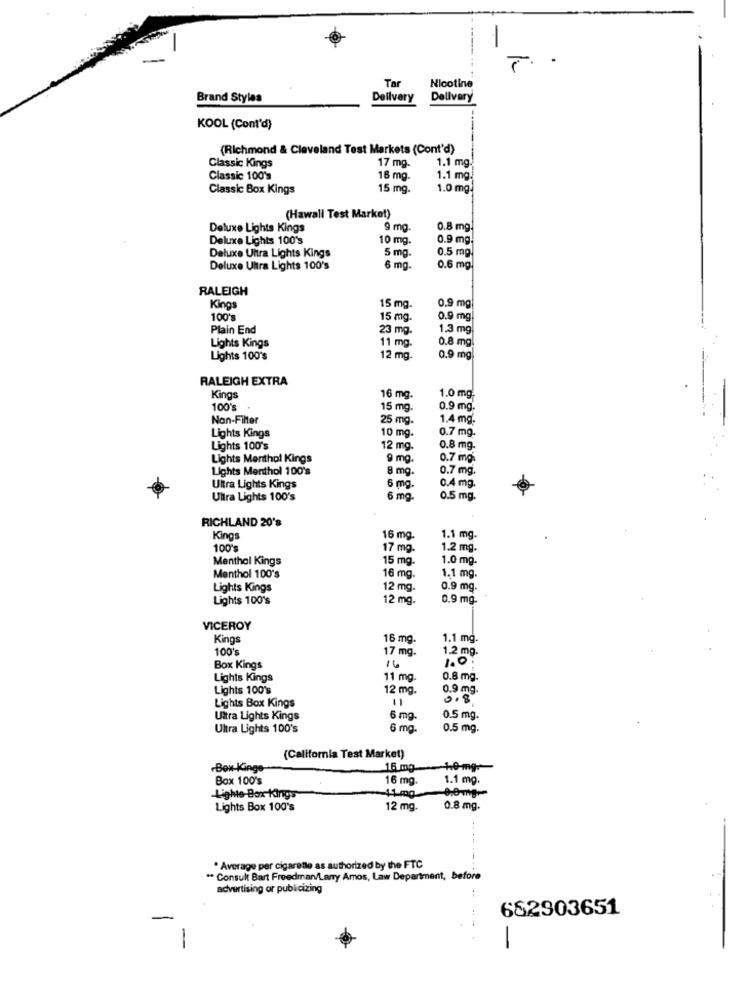
-
Tar
Nicotine
Brand Styles
Dellvery
Dellvary
KOOL (Cont'd)
(Richmond & Cleveland Test Markets (Cont'd)
17 mg.
Classic Kings
1.1 mg
Classic 100's
16 mg-
1.1 mg.
Classic Box Kings
15 mg.
1.0 mg
(Hawall Test Market)
Deluxe Lights Kings
9 mg.
0.8 mg.
Deluxe Lights 100's
10 mg.
0.9 mg.
Deluxe Ultra Lights Kings
5 mg.
0.5 mg
Deluxe Ultra Lights 100's
6 mg.
0.6 mg.
RALEIGH
0.9 mg
Kings
15 mg.
100's
15 mg.
0.9 mg
Plain End
23 mg.
1.3 mg
0.8 mg.
Lights Kings
11 mg.
Lights 100's
12 mg
0.9 mg
RALEIGH EXTRA
Kings
16 mg.
1.0 mg.
100's
15 mg.
0.9 mg.
Non-Filter
25 mg.
1.4 mg.
0.7 mg.
Lights Kings
10 mg.
Lights 100's
12 mg.
0.8 mg.
Lights Menthol Kings
9 mg.
0.7 mg:
Lights Menthol 100's
8 mg.
0.7 mg.
0.4 mg.
Ultra Lights Kings
6 mg.
Ultra Lights 100's
6 mg
0.5 mg.
RICHLAND 20's
Kings
16 mg
1.1 mg.
100's
17 mg.
1.2 mg.
Menthol Kings
15 mg.
1.0 mg.
Menthol 100's
16 mg.
1.1 mg.
Lights Kings
12 mg.
0.9 mg.
Lights 100's
12 mg.
0.9 mg.
VICEROY
Kings
16 mg.
1.1 mg.
100's
17 mg.
1.2 mg.
16
Box Kings
Lights Kings
11 mg.
0.8 mg.
Lights 100's
12 mg.
0.9 mg.
Lights Box Kings
11
0.8
Ultra Lights Kings
6 mg
0.5 mg.
Ultra Lights 100's
6 mg.
0.5 mg.
(California Test Market)
-Box-Kinge-
16 mg
+0-mg-
Box 100's
16 mg
1.1 mg.
-11 mg
Lighte-Box Kings
Lights Box 100's
12 mg.
0.8 mg.
. Average per cigarette as authorized by the FTC
** Consult Bart Freedman/Larry Amos, Law Department, before
advertising or publicizing
682903651
1
-